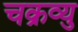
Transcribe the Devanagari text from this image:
चक्रव्यु